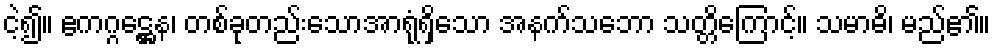
ငဲ့၍။ ဧကဂ္ဂဋ္ဌေန၊ တစ်ခုတည်းသောအာရုံရှိသော အနက်သဘော သတ္တိကြောင့်။ သမာဓိ၊ မည်၏။